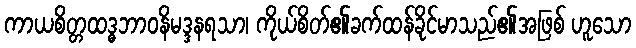
ကာယစိတ္တထဒ္ဓဘာဝနိမဒ္ဒနရသာ၊ ကိုယ်စိတ်၏ခက်ထန်ခိုင်မာသည်၏အဖြစ် ဟူသော